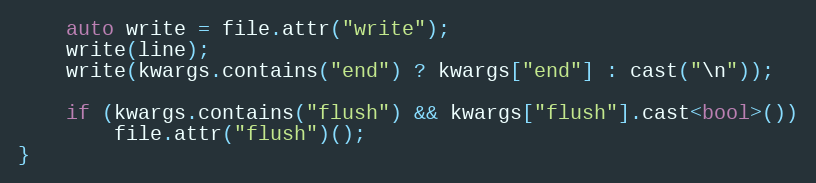
Language: C
    auto write = file.attr("write");
    write(line);
    write(kwargs.contains("end") ? kwargs["end"] : cast("\n"));

    if (kwargs.contains("flush") && kwargs["flush"].cast<bool>())
        file.attr("flush")();
}